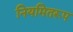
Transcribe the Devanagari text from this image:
नियमितरूप